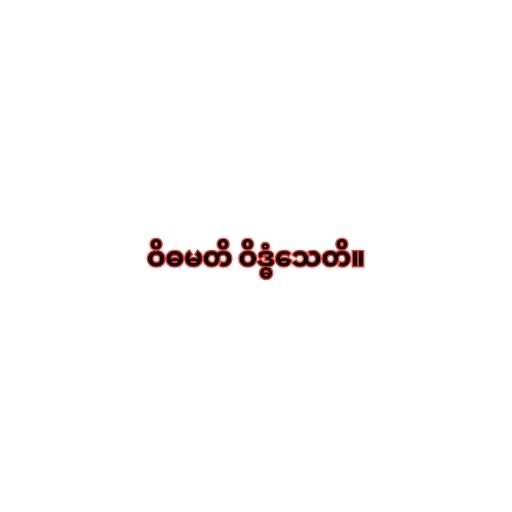
ဝိဓမတိ ဝိဒ္ဓံသေတိ။